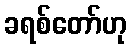
ခရစ်တော်ဟု